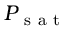
P _ { \mathrm { ~ s ~ a ~ t ~ } }